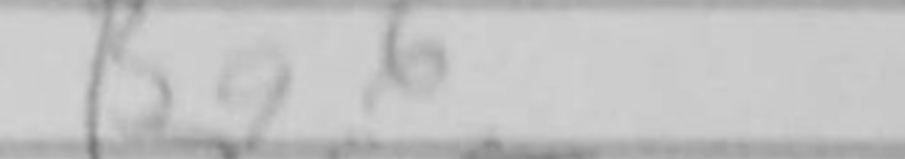
Transcription: Bg6